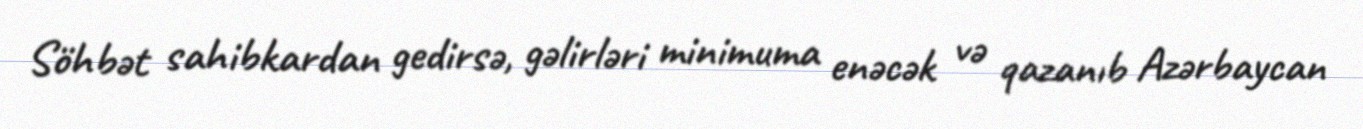
Söhbət sahibkardan gedirsə, gəlirləri minimuma enəcək və qazanıb Azərbaycan